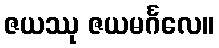
ဇယဿု ဇယမင်္ဂလေ။